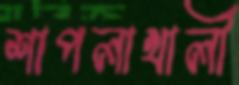
শাপলাখালী